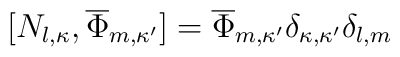
[N_{l,\kappa},\overline{\Phi}_{m,\kappa'}]=\overline{\Phi}_{m,\kappa'}\delta_{\kappa,\kappa'} \delta_{l,m}